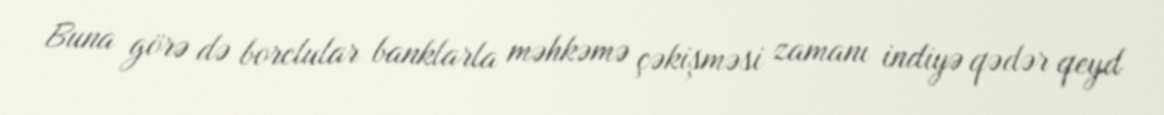
Buna görə də borclular banklarla məhkəmə çəkişməsi zamanı indiyə qədər qeyd